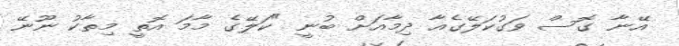
އޭނާ ގޮސް ވަގުކަލޭގެއާ ދިމާއަށް ބުނީ "ކަލޭގެ މާމަ އޮތީ މިތާކު ނޫނޭ